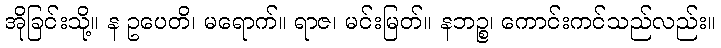
အိုခြင်းသို့။ န ဥပေတိ၊ မရောက်။ ရာဇ၊ မင်းမြတ်။ နဘဉ္စ၊ ကောင်းကင်သည်လည်း။